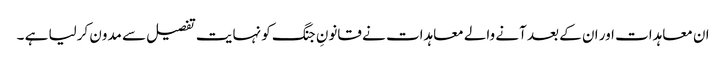
ان معاہدات اور ان کے بعد آنے والے معاہدات نے قانونِ جنگ کو نہایت تفصیل سے مدون کرلیا ہے ۔